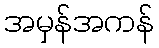
အမှန်အကန်